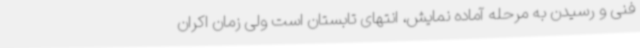
فنی و رسیدن به مرحله آماده نمایش، انتهای تابستان است ولی زمان اکران